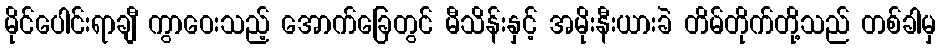
မိုင်ပေါင်းရာချီ ကွာဝေးသည့် အောက်ခြေတွင် မီသိန်းနှင့် အမိုးနီးယားခဲ တိမ်တိုက်တို့သည် တစ်ခါမှ